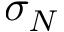
\sigma _ { N }